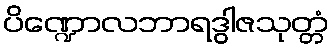
ပိဏ္ဍောလဘာရဒွါဇသုတ္တံ